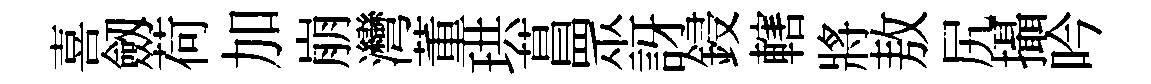
喜劔荷加崩灣董珙菖眾訝鋟轄將敖尻攝吟